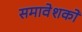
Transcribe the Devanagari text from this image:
समावेशकों